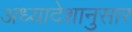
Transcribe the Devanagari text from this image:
अध्यादेशानुसार